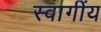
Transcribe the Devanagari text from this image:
स्वागींय